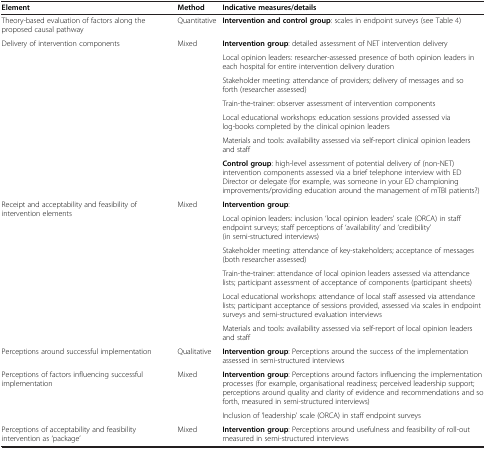
<table><thead><tr><td><b>Element</b></td><td><b>Method</b></td><td><b>Indicative measures/details</b></td></tr></thead><tbody><tr><td>Theory-based evaluation of factors along the proposed causal pathway</td><td>Quantitative</td><td><b>Intervention and control group</b>: scales in endpoint surveys (see Table 4)</td></tr><tr><td rowspan="7">Delivery of intervention components</td><td rowspan="7">Mixed</td><td><b>Intervention group</b>: detailed assessment of NET intervention delivery</td></tr><tr><td>Local opinion leaders: researcher-assessed presence of both opinion leaders in each hospital for entire intervention delivery duration</td></tr><tr><td>Stakeholder meeting: attendance of providers; delivery of messages and so forth (researcher assessed)</td></tr><tr><td>Train-the-trainer: observer assessment of intervention components</td></tr><tr><td>Local educational workshops: education sessions provided assessed via log-books completed by the clinical opinion leaders</td></tr><tr><td>Materials and tools: availability assessed via self-report clinical opinion leaders and staff</td></tr><tr><td><b>Control group</b>: high-level assessment of potential delivery of (non-NET) intervention components assessed via a brief telephone interview with ED Director or delegate (for example, was someone in your ED championing improvements/providing education around the management of mTBI patients?)</td></tr><tr><td rowspan="6">Receipt and acceptability and feasibility of intervention elements</td><td rowspan="6">Mixed</td><td><b>Intervention group</b>:</td></tr><tr><td>Local opinion leaders: inclusion ‘local opinion leaders’ scale (ORCA) in staff endpoint surveys; staff perceptions of ‘availability’ and ‘credibility’ (in semi-structured interviews)</td></tr><tr><td>Stakeholder meeting: attendance of key-stakeholders; acceptance of messages (both researcher assessed)</td></tr><tr><td>Train-the-trainer: attendance of local opinion leaders assessed via attendance lists; participant assessment of acceptance of components (participant sheets)</td></tr><tr><td>Local educational workshops: attendance of local staff assessed via attendance lists; participant acceptance of sessions provided, assessed via scales in endpoint surveys and semi-structured evaluation interviews</td></tr><tr><td>Materials and tools: availability assessed via self-report of local opinion leaders and staff</td></tr><tr><td>Perceptions around successful implementation</td><td>Qualitative</td><td><b>Intervention group</b>: Perceptions around the success of the implementation assessed in semi-structured interviews</td></tr><tr><td rowspan="2">Perceptions of factors influencing successful implementation</td><td rowspan="2">Mixed</td><td><b>Intervention group</b>: Perceptions around factors influencing the implementation processes (for example, organisational readiness; perceived leadership support; perceptions around quality and clarity of evidence and recommendations and so forth, measured in semi-structured interviews)</td></tr><tr><td>Inclusion of ‘leadership’ scale (ORCA) in staff endpoint surveys</td></tr><tr><td>Perceptions of acceptability and feasibility intervention as ‘package’</td><td>Mixed</td><td><b>Intervention group</b>: Perceptions around usefulness and feasibility of roll-out measured in semi-structured interviews</td></tr></tbody></table>